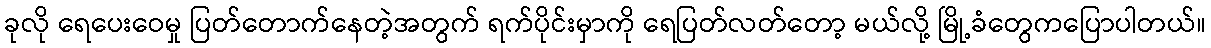
ခုလို ရေပေးဝေမှု ပြတ်တောက်နေတဲ့အတွက် ရက်ပိုင်းမှာကို ရေပြတ်လတ်တော့ မယ်လို့ မြို့ခံတွေကပြောပါတယ်။